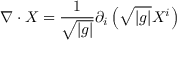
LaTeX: \nabla \cdot X = { \frac { 1 } { \sqrt { | g | } } } \partial _ { i } \left( { \sqrt { | g | } } X ^ { i } \right)